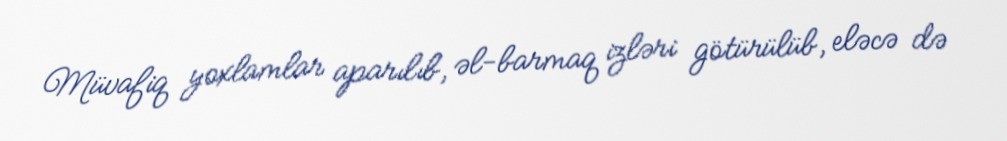
Müvafiq yoxlamlar aparılıb, əl-barmaq izləri götürülüb, eləcə də